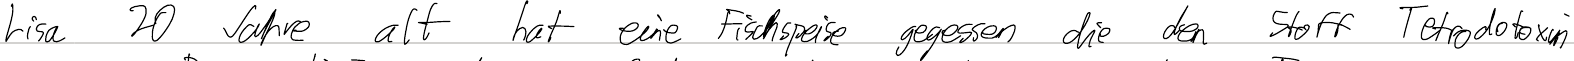
Lisa 20 Jahre alt hat eine Fischspeise gegessen die den Stoff Tetrodotoxin